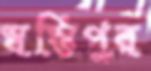
স্বস্তিপুর